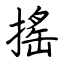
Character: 搖